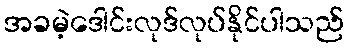
အခမဲ့ဒေါင်းလုဒ်လုပ်နိုင်ပါသည်